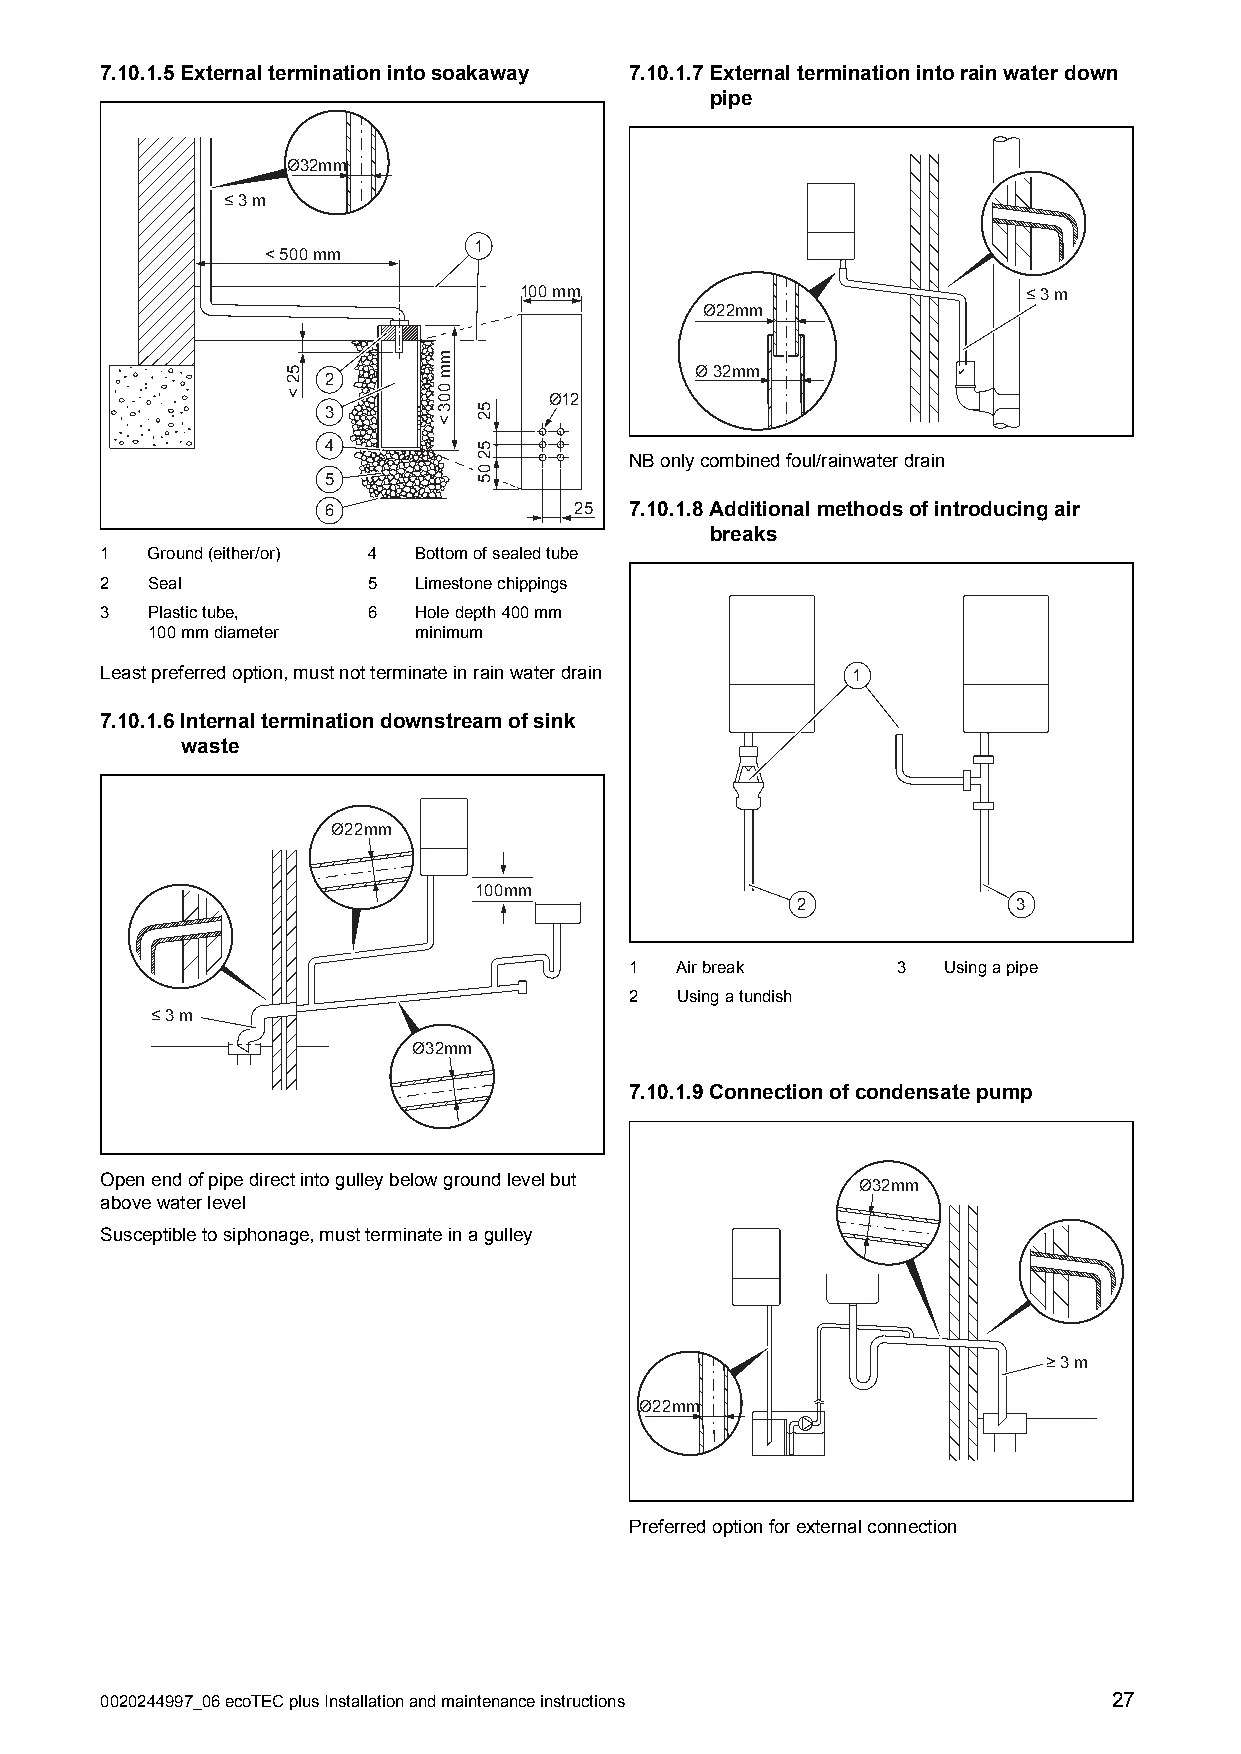
7.10.1.5Externalterminationintosoakaway 7.10.1.7Externalterminationintorainwaterdown
 pipe
 Ø32mm
 ≤ 3 m
 1
 < 500 mm
 100 mm                            ≤ 3 m
 Ø22mm
 Ø 32mm 2
 Ø12
 3
 4
 NBonlycombinedfoul/rainwaterdrain
 5
 6                25  7.10.1.8Additionalmethodsofintroducingair
 breaks
 1  Ground(either/or) 4 Bottomofsealedtube
 2  Seal          5  Limestonechippings
 3  Plastictube,  6  Holedepth400mm
 100mmdiameter    minimum
 Leastpreferredoption,mustnotterminateinrainwaterdrain 1
 7.10.1.6Internalterminationdownstreamofsink
 waste
 Ø22mm
 100mm
 2             3
 1  Airbreak      3  Usingapipe
 2  Usingatundish
 ≤ 3 m
 Ø32mm
 7.10.1.9Connectionofcondensatepump
 Openendofpipedirectintogulleybelowgroundlevelbut  Ø32mm
 abovewaterlevel
 Susceptibletosiphonage,mustterminateinagulley
 ≥ 3 m
 Ø22mm
 Preferredoptionforexternalconnection
 0020244997_06ecoTECplusInstallationandmaintenanceinstructions      27
 52
 <
 mm
 003
 <
 52
 5205